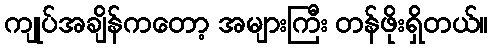
ကျုပ်အချိန်ကတော့ အများကြီး တန်ဖိုးရှိတယ်။